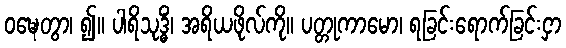
ဝဍ္ဎေတွာ၊ ၍။ ပါရိသုဒ္ဓိံ၊ အရိယဖိုလ်ကို။ ပတ္တုကာမော၊ ရခြင်းရောက်ခြင်းငှာ